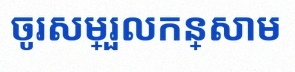
ចូរសម្រួលកន្សោម